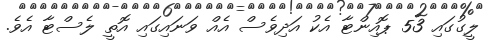
ލީގުގައި 53 ޕޮއިންޓާ އެކު އަދިވެސް އެއް ވަނައިގައި އޮތީ ލެސްޓާ އެވެ.